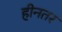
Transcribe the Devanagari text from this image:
हीनतर